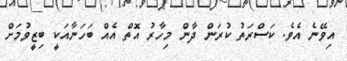
އިވޭނެ އެވެ. ކަސްރަތު ކުރަން ދާން މިހާރު އޮތް އެއް ބަހަނާއަކީ ބިޒީވުމަށް